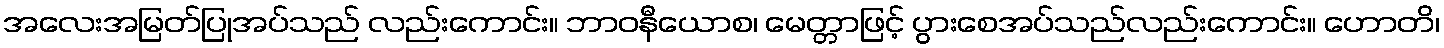
အလေးအမြတ်ပြုအပ်သည် လည်းကောင်း။ ဘာဝနီယောစ၊ မေတ္တာဖြင့် ပွားစေအပ်သည်လည်းကောင်း။ ဟောတိ၊